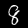
Label: 8